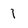
Character: 1